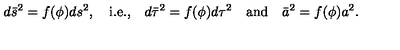
d \bar { s } ^ { 2 } = f ( \phi ) d s ^ { 2 } , \quad \mathrm { i . e . , } \quad d \bar { \tau } ^ { 2 } = f ( \phi ) d \tau ^ { 2 } \quad \mathrm { a n d } \quad \bar { a } ^ { 2 } = f ( \phi ) a ^ { 2 } .